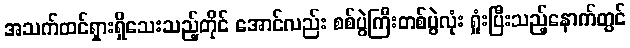
အသက်ထင်ရှားရှိသေးသည့်တိုင် အောင်လည်း စစ်ပွဲကြီးတစ်ပွဲလုံး ရှုံးပြီးသည့်နောက်တွင်